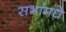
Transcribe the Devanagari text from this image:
सभांमधे